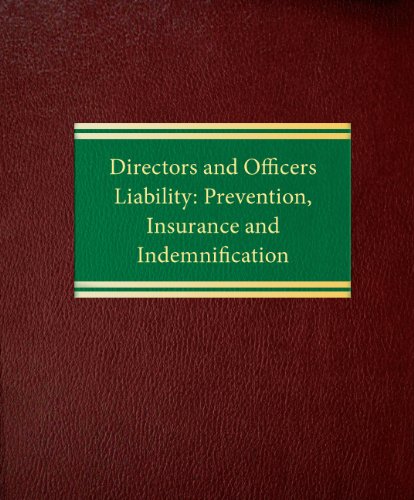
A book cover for Directors and Officers Liability: Prevention, Insurance and Indemnification (Insurance Series  orporate Series); John H. Mathias Jr.; Law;